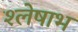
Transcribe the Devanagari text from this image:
श्लेषाभ